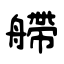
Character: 艜